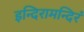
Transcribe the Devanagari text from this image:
इन्दिरामन्दिरं